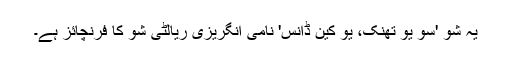
یہ شو 'سو یو تھنک، یو کین ڈانس' نامی انگریزی ریالٹی شو کا فرنچائز ہے۔